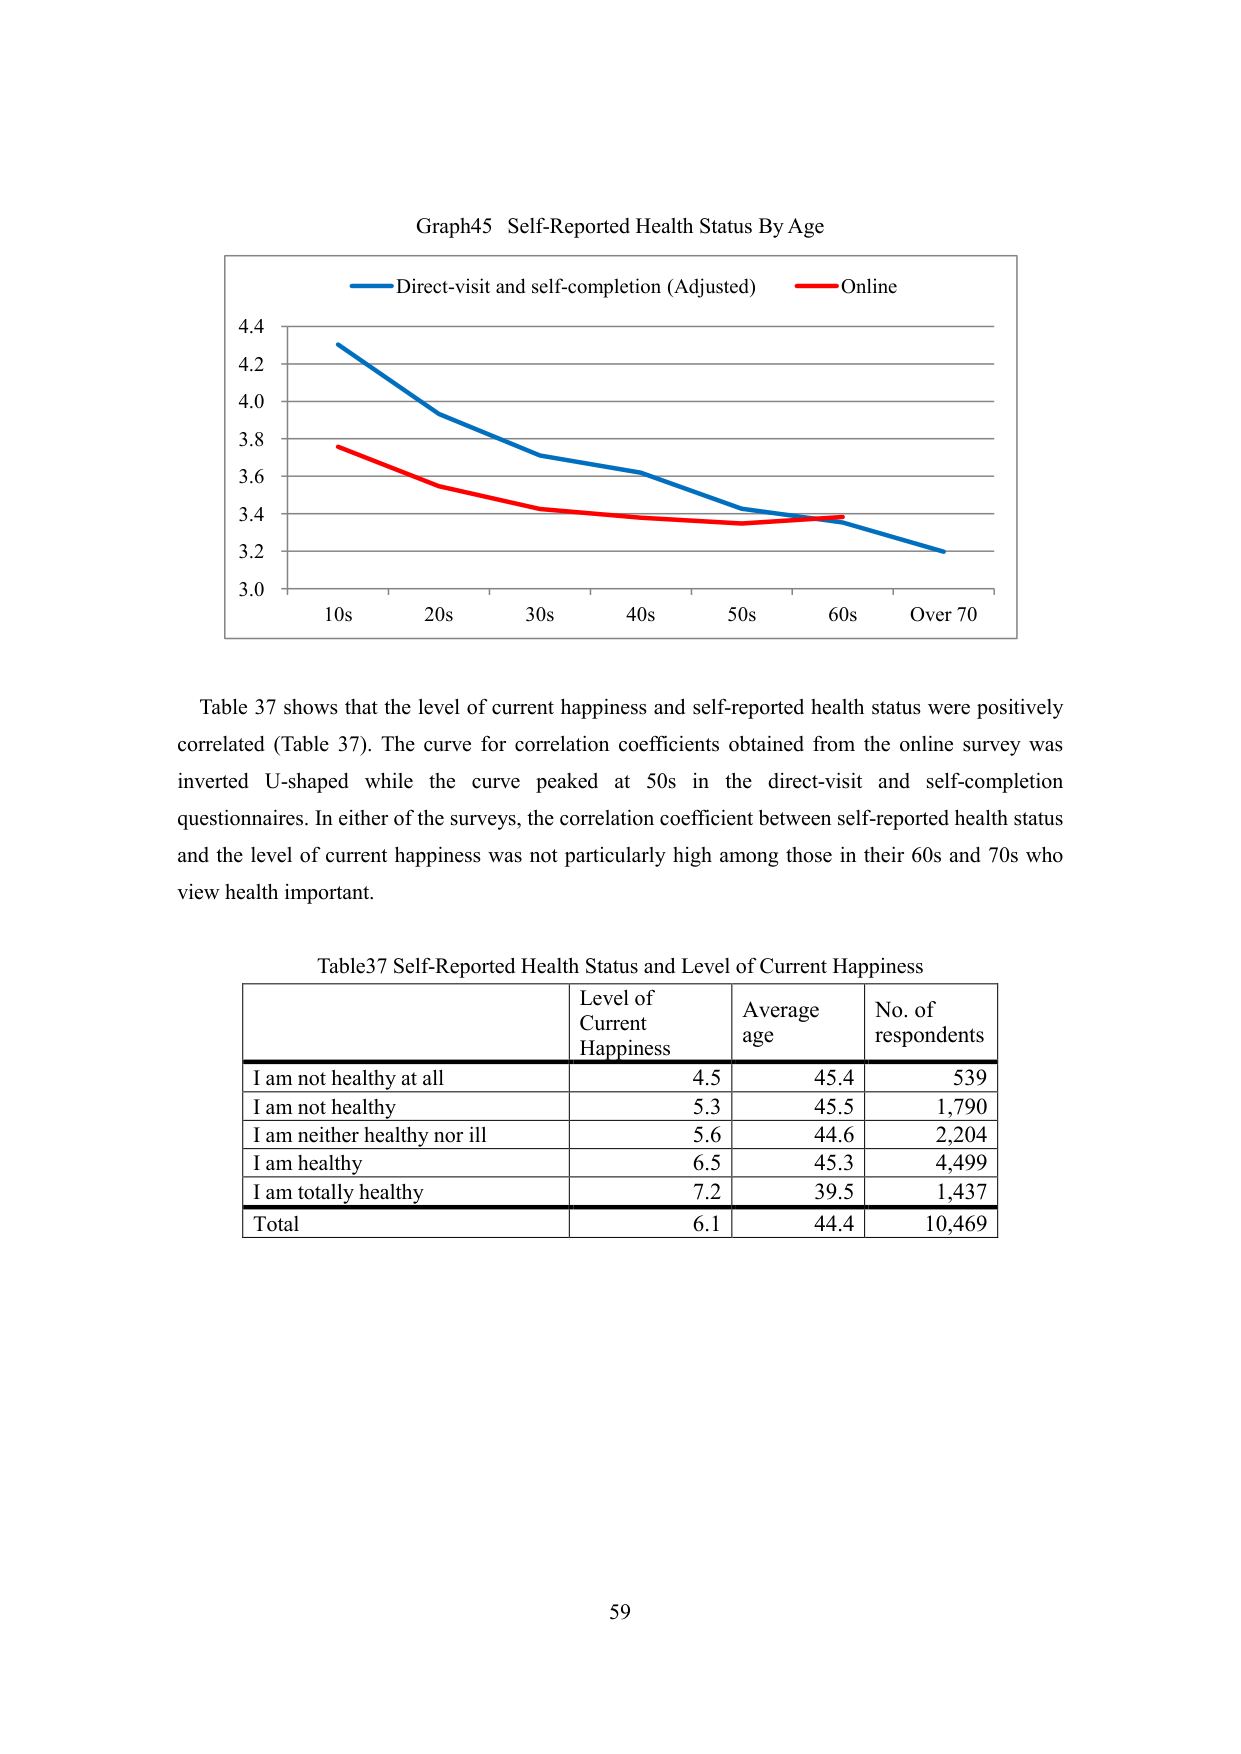
Graph45 Self-Reported Health Status By Age
Direct-visit and self-completion (Adjusted)
Online
4.4
4.2
4.0
3.8
3.6
3.4
3.2
3.0
10s 20s 30s 40s 50s 60s Over 70

Table 37 shows that the level of current happiness and self-reported health status were positively correlated (Table 37). The curve for correlation coefficients obtained from the online survey was inverted U-shaped while the curve peaked at 50s in the direct-visit and self-completion questionnaires. In either of the surveys, the correlation coefficient between self-reported health status and the level of current happiness was not particularly high among those in their 60s and 70s who view health important.

Table37 Self-Reported Health Status and Level of Current Happiness
Level of Current Happiness   Average age   No. of respondents
I am not healthy at all   4.5   45.4   539
I am not healthy   5.3   45.5   1,790
I am neither healthy nor ill   5.6   44.6   2,204
I am healthy   6.5   45.3   4,499
I am totally healthy   7.2   39.5   1,437
Total   6.1   44.4   10,469

59